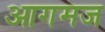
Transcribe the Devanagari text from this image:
आगमज